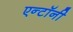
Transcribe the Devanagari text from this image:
एन्टॉनी